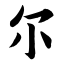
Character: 尔